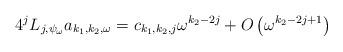
LaTeX: \begin{align*}4^j L_{j,\psi_\omega} a_{k_1,k_2,\omega}= c_{k_1,k_2,j}\omega^{k_2-2j} + O\left(\omega^{k_2-2 j+1} \right)\end{align*}